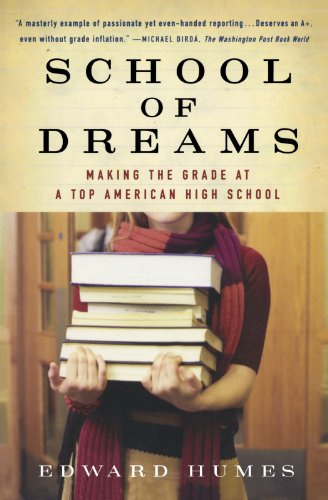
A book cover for School of Dreams: Making the Grade at a Top American High School; Edward Humes; Teen & Young Adult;